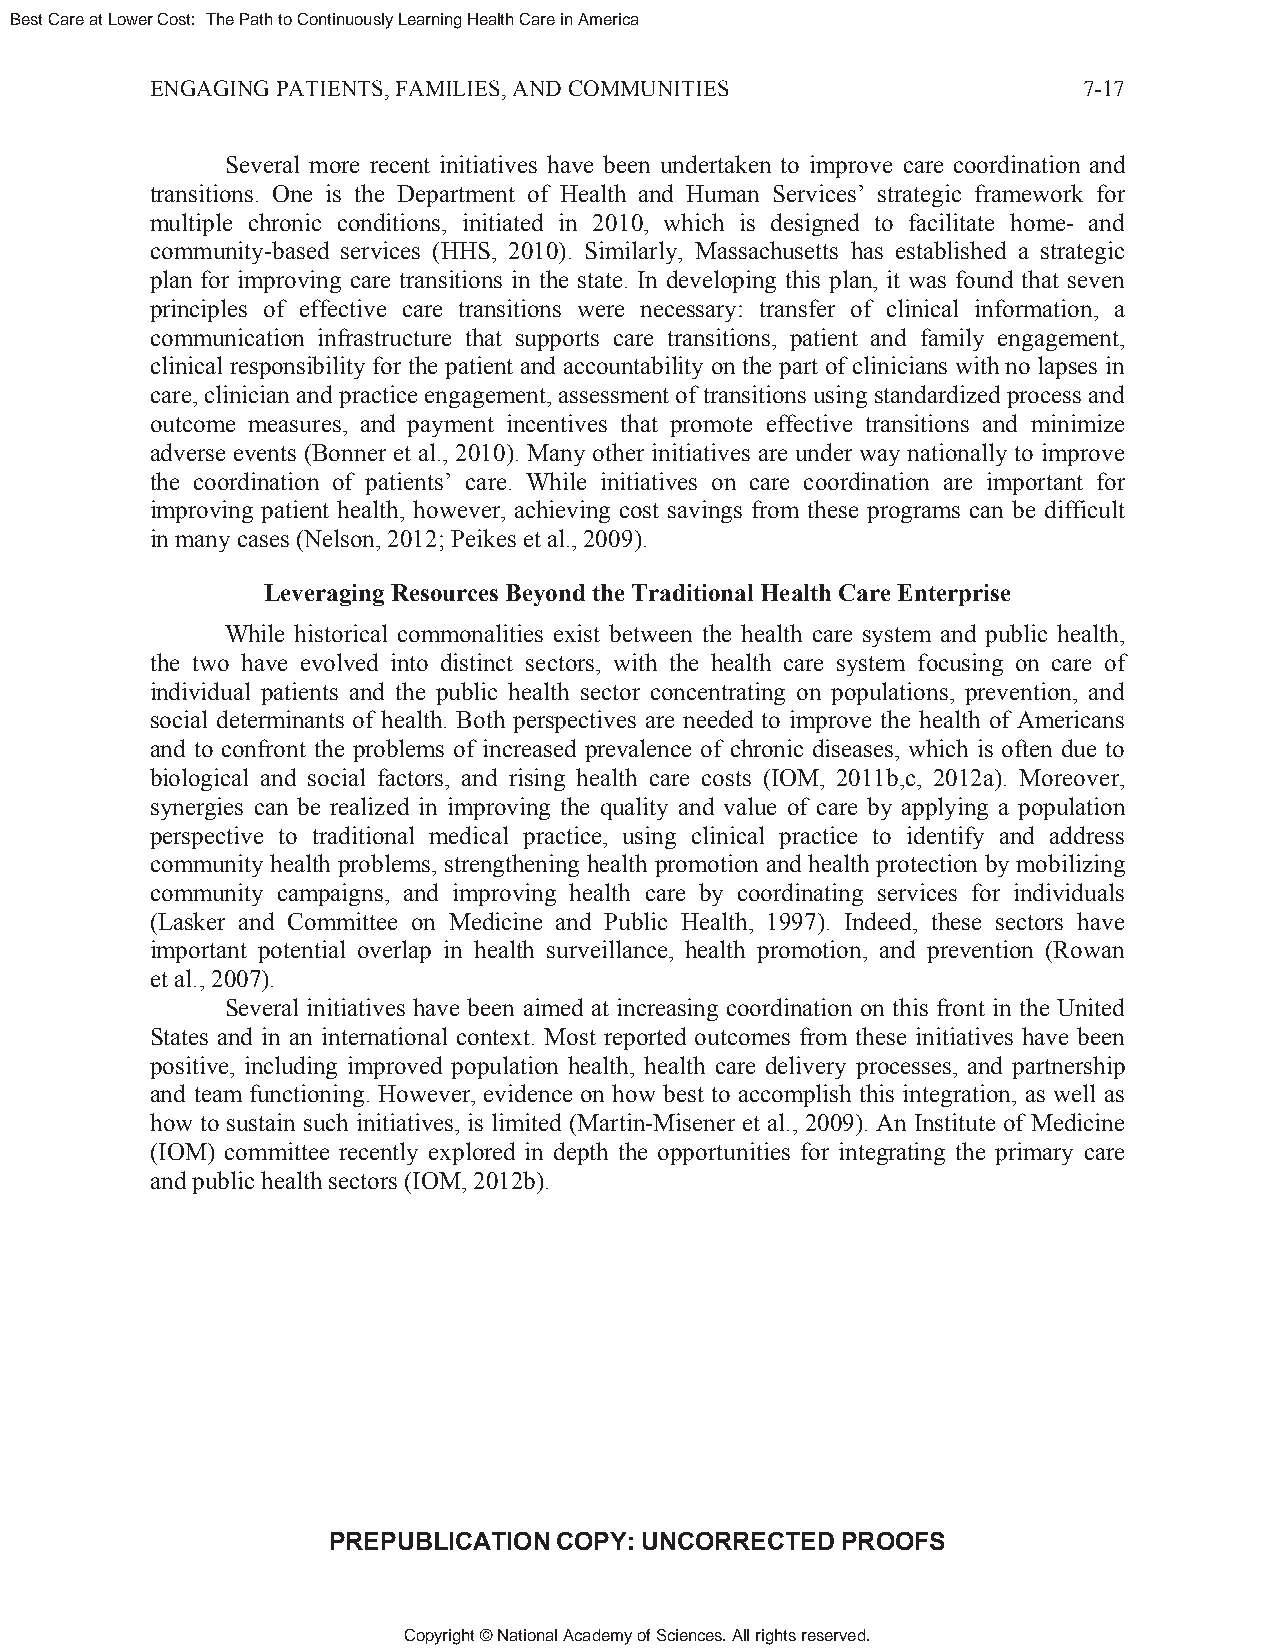
Best Care at Lower Cost: The Path to Continuously Learning Health Care in America
 ENGAGING PATIENTS, FAMILIES, AND COMMUNITIES                  7-17
 Several more recent initiatives have been undertaken to improve care coordination and
 transitions. One is the Department of Health and Human Services’ strategic framework for
 multiple chronic conditions, initiated in 2010, which is designed to facilitate home- and
 community-based services (HHS, 2010). Similarly, Massachusetts has established a strategic
 plan for improving care transitions in the state. In developing this plan, it was found that seven
 principles of effective care transitions were necessary: transfer of clinical information, a
 communication infrastructure that supports care transitions, patient and family engagement,
 clinical responsibility for the patient and accountability on the part of clinicians with no lapses in
 care, clinician and practice engagement, assessment of transitions using standardized process and
 outcome measures, and payment incentives that promote effective transitions and minimize
 adverse events (Bonner et al., 2010). Many other initiatives are under way nationally to improve
 the coordination of patients’ care. While initiatives on care coordination are important for
 improving patient health, however, achieving cost savings from these programs can be difficult
 in many cases (Nelson, 2012; Peikes et al., 2009).
 Leveraging Resources Beyond the Traditional Health Care Enterprise
 While historical commonalities exist between the health care system and public health,
 the two have evolved into distinct sectors, with the health care system focusing on care of
 individual patients and the public health sector concentrating on populations, prevention, and
 social determinants of health. Both perspectives are needed to improve the health of Americans
 and to confront the problems of increased prevalence of chronic diseases, which is often due to
 biological and social factors, and rising health care costs (IOM, 2011b,c, 2012a). Moreover,
 synergies can be realized in improving the quality and value of care by applying a population
 perspective to traditional medical practice, using clinical practice to identify and address
 community health problems, strengthening health promotion and health protection by mobilizing
 community campaigns, and improving health care by coordinating services for individuals
 (Lasker and Committee on Medicine and Public Health, 1997). Indeed, these sectors have
 important potential overlap in health surveillance, health promotion, and prevention (Rowan
 et al., 2007).
 Several initiatives have been aimed at increasing coordination on this front in the United
 States and in an international context. Most reported outcomes from these initiatives have been
 positive, including improved population health, health care delivery processes, and partnership
 and team functioning. However, evidence on how best to accomplish this integration, as well as
 how to sustain such initiatives, is limited (Martin-Misener et al., 2009). An Institute of Medicine
 (IOM) committee recently explored in depth the opportunities for integrating the primary care
 and public health sectors (IOM, 2012b).
 PREPUBLICATION COPY: UNCORRECTED  PROOFS
 Copyright © National Academy of Sciences. All rights reserved.